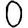
Digit: 0